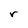
Character: r